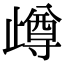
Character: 𣦝